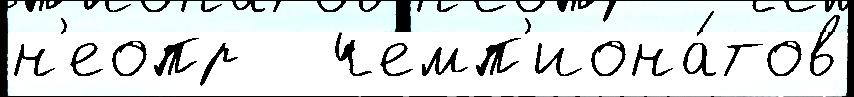
н'еопр   чемп'иона́тов